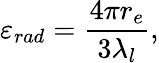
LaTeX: \varepsilon_{rad}=\frac{4\pi r_{e}}{3\lambda_{l}},